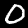
Label: 0